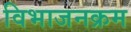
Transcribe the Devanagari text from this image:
विभाजनक्रम